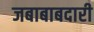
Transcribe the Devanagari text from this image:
जबाबाबदारी